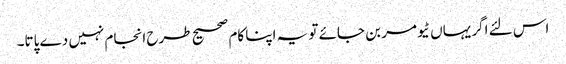
اس لئے اگر یہاں ٹیومر بن جائے تو یہ اپنا کام صحیح طرح انجام نہیں دے پاتا۔